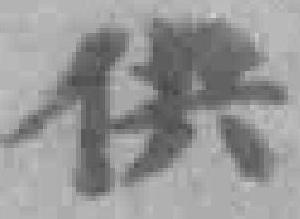
供